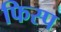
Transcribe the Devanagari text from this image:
फिस्प